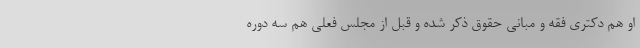
او هم دکتری فقه و مبانی حقوق ذکر شده و قبل از مجلس فعلی هم سه دوره